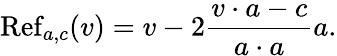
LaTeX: \operatorname{Ref}_{a,c}(v)=v-2{\frac{v\cdot a-c}{a\cdot a}}a.